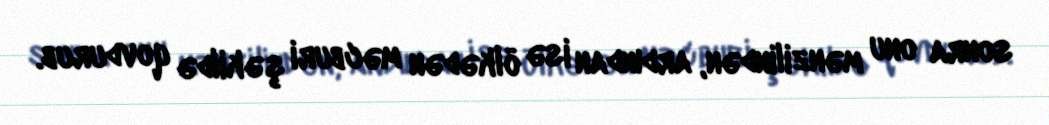
sonra onu mənzilindən, ardından isə ölkədən məcburi şəkildə qovdurub.